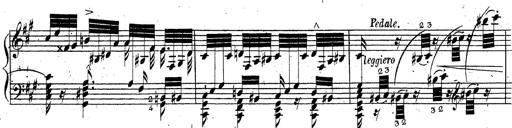
Title: Grande fantaisie sur la tyrolienne de l'opÃ©ra
Composer: Franz Liszt
Key: A major